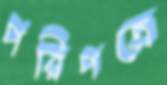
পরিপত্রে